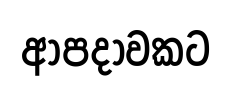
ආපදාවකට